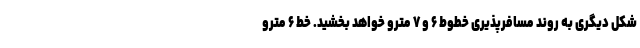
شکل دیگری به روند مسافرپذیری خطوط ۶ و ۷ مترو خواهد بخشید. خط ۶ مترو